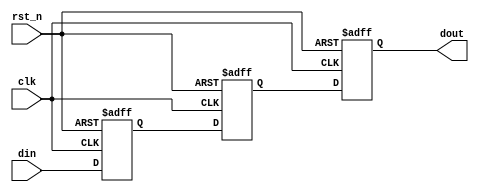
module two_ff_metastability_detector (
    input wire clk,     // Clock signal
    input wire rst_n,   // Active low reset signal
    input wire din,     // Asynchronous input signal
    output reg dout     // Synchronized output signal
);

// Internal signals for the two flip-flops
reg ff1, ff2;

// Always block for the first flip-flop
always @(posedge clk or negedge rst_n) begin
    if (!rst_n) begin
        ff1 <= 1'b0; // Reset FF1 to 0
    end else begin
        ff1 <= din;  // Sample the input signal
    end
end

// Always block for the second flip-flop
always @(posedge clk or negedge rst_n) begin
    if (!rst_n) begin
        ff2 <= 1'b0; // Reset FF2 to 0
    end else begin
        ff2 <= ff1;  // Sample the output of FF1
    end
end

// Output assignment
always @(posedge clk or negedge rst_n) begin
    if (!rst_n) begin
        dout <= 1'b0; // Reset dout to 0
    end else begin
        dout <= ff2;  // Assign the output to FF2's output
    end
end

endmodule